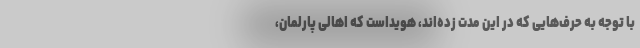
با توجه به حرف‌هایی که در این مدت زده‌اند، هویداست که اهالی پارلمان،